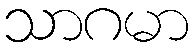
သာဂမာ